Indian journal of veterinary science and animal husbandry - Volumes 18-21, 1948-1951
Year: 1948
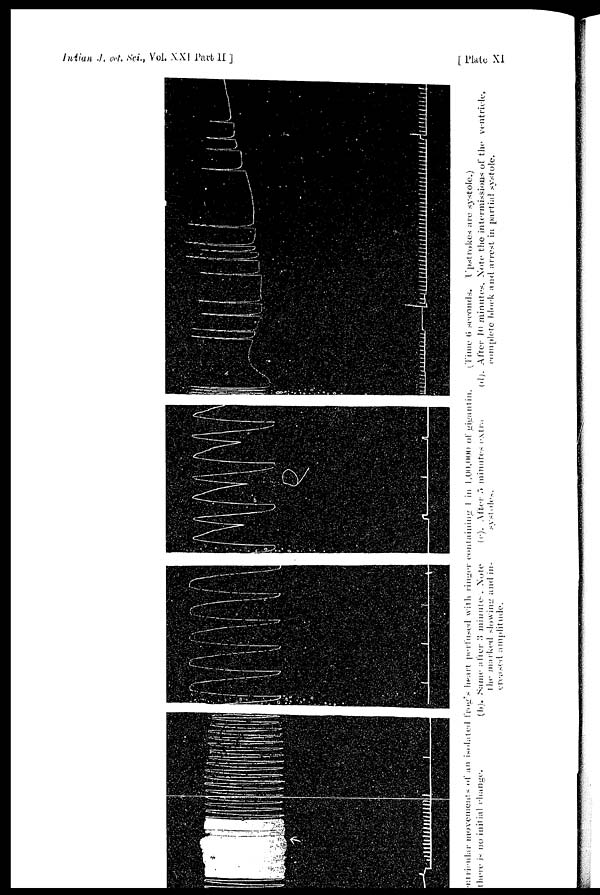
Indian .J. vet. Sci., Vol, XXI Part II ]
[Plate
XI
Particular movements of an isolated frog's heart perfused with ringer containing 1 in 1,00,000 of gigantin. (Time 6 seconds. Upstrokes are systole.)
(a)there is no initial change.
(b). Same after 3 minutes. Note
the marked slowing and in-
creased amplitude.
(c). After 5 minutes extra
systoles.
(d). After 10 minutes. Note the intermissions of the ventricle,
complete block and arrest in partial systole.